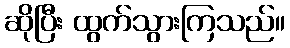
ဆိုပြီး ထွက်သွားကြသည်။